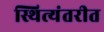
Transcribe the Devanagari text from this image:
स्थित्यंतरीत